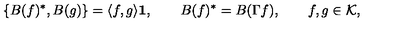
\{ B ( f ) ^ { * } , B ( g ) \} = \langle f , g \rangle { \bf 1 } , \qquad B ( f ) ^ { * } = B ( \Gamma f ) , \qquad f , g \in { \cal K } ,